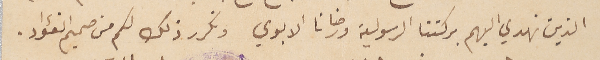
الذين نهدي اليهم بركتنا الرسولية ورضانا الابوي ونكرر ذلك لكم من صميم الفؤاد.